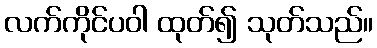
လက်ကိုင်ပဝါ ထုတ်၍ သုတ်သည်။